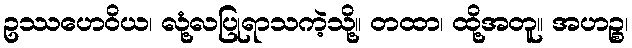
ဥဿဟေဝိယ၊ လုံ့လပြုရာသကဲ့သို့။ တထာ၊ ထို့အတူ။ အဟဉ္စ၊